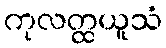
ကုလတ္ထယူသံ